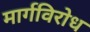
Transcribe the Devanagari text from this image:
मार्गविरोध